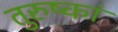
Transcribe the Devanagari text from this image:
तुरुष्कां